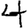
Digit: 4